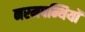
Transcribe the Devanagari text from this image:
नरमपन्थियों